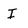
Character: I